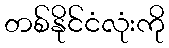
တစ်နိုင်ငံလုံးကို